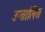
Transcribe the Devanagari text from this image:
उन्तालिस